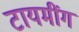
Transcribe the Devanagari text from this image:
टायमींग